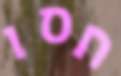
חסו